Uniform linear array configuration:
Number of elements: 32
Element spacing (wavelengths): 0.5
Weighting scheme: binomial
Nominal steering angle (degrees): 60
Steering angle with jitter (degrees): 58.604
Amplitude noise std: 0.05
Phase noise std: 0.05

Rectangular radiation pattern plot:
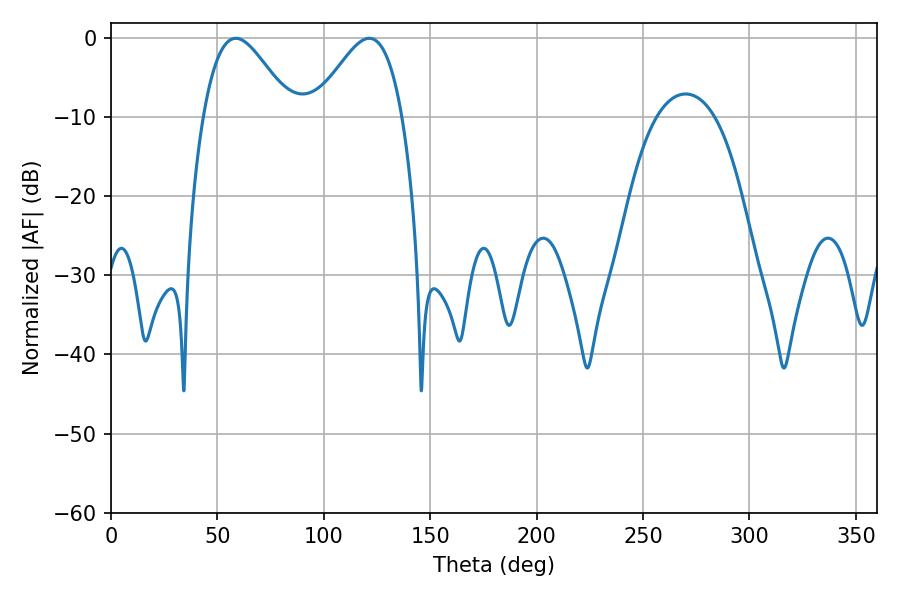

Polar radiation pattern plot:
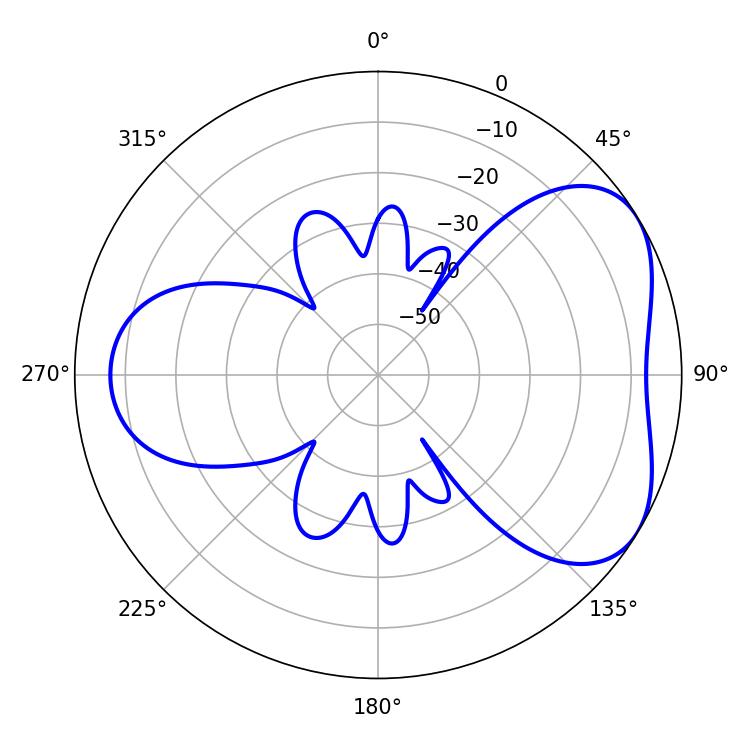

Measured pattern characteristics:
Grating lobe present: FALSE
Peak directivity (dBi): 4.776
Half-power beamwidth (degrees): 22.14
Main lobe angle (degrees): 58.68